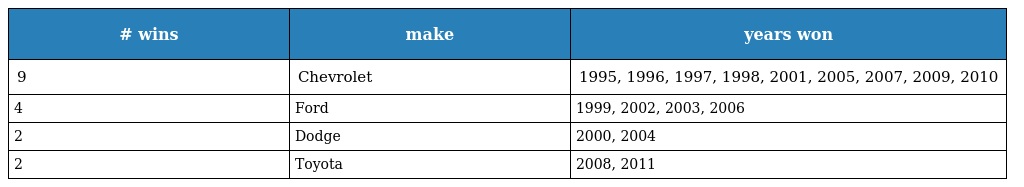
| # wins | make | years won |
 | --- | --- | --- |
 | 9 | Chevrolet | 1995, 1996, 1997, 1998, 2001, 2005, 2007, 2009, 2010 |
 | 4 | Ford | 1999, 2002, 2003, 2006 |
 | 2 | Dodge | 2000, 2004 |
 | 2 | Toyota | 2008, 2011 |